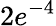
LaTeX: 2e^{-4}